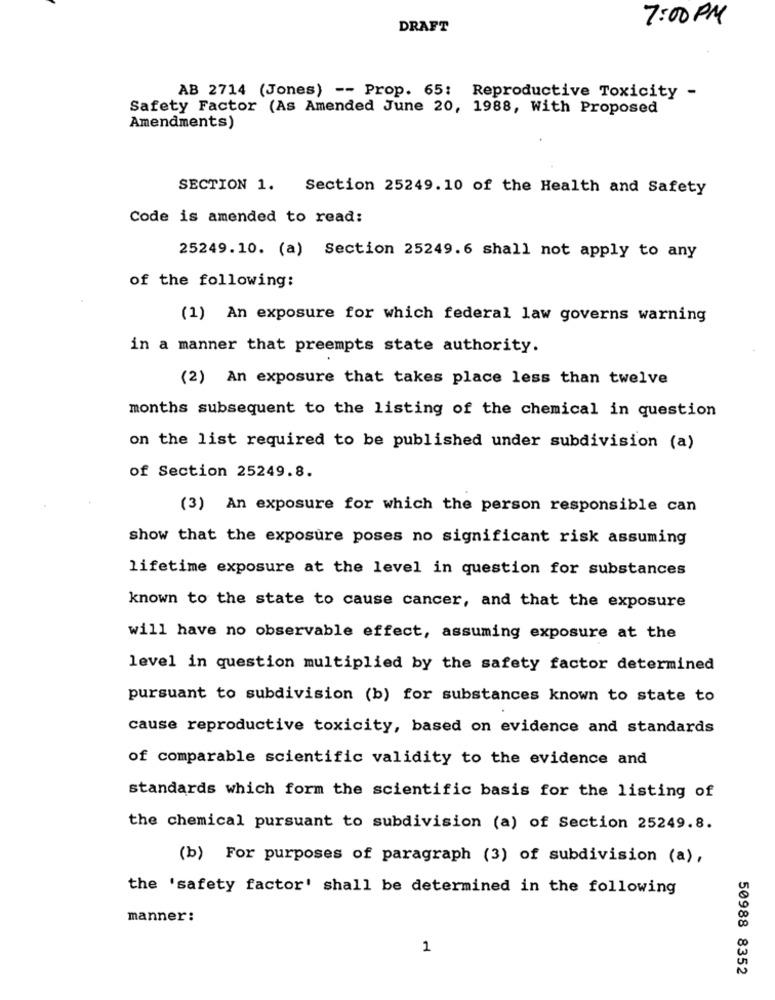
7:00 PM
DRAFT
AB 2714 (Jones) -- Prop. 65: Reproductive Toxicity -
Safety Factor (As Amended June 20, 1988, With Proposed
Amendments)
SECTION 1. Section 25249.10 of the Health and Safety
Code is amended to read:
25249.10. (a) Section 25249.6 shall not apply to any
of the following:
(1) An exposure for which federal law governs warning
in a manner that preempts state authority.
(2) An exposure that takes place less than twelve
months subsequent to the listing of the chemical in question
on the list required to be published under subdivision (a)
of Section 25249.8.
(3) An exposure for which the person responsible can
show that the exposure poses no significant risk assuming
lifetime exposure at the level in question for substances
known to the state to cause cancer, and that the exposure
will have no observable effect, assuming exposure at the
level in question multiplied by the safety factor determined
pursuant to subdivision (b) for substances known to state to
cause reproductive toxicity, based on evidence and standards
of comparable scientific validity to the evidence and
standards which form the scientific basis for the listing of
the chemical pursuant to subdivision (a) of Section 25249.8.
(b) For purposes of paragraph (3) of subdivision (a) ,
the 'safety factor' shall be determined in the following
manner:
1
50988 8352